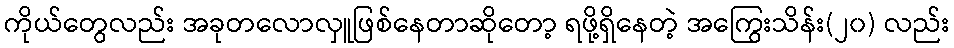
ကိုယ်တွေလည်း အခုတလောလှူဖြစ်နေတာဆိုတော့ ရဖို့ရှိနေတဲ့ အကြွေးသိန်း(၂၀) လည်း